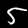
Digit: 5